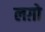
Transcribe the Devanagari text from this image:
लग़ो